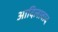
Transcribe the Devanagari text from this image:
आदिलावाद